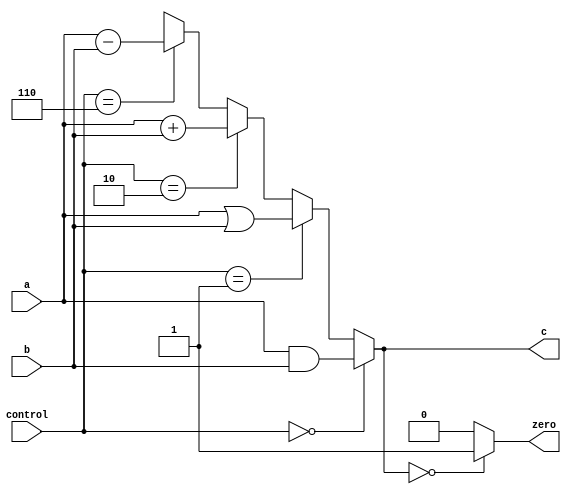

module ALU(
	input [31:0] a, b,
	input [3:0] control,
	output [31:0] c,
	output zero
);

	parameter AND = 4'h0,
		OR = 4'h1,
		ADD = 4'h2,
		SUB = 4'h6;

	assign c = (control == AND) ? a&b :
		(control == OR) ? a | b :
		(control == ADD) ? a + b:
		(control == SUB) ? a-b:
		32'hx;

	assign zero = (c == 0) ? 1'b1 : 1'b0;

endmodule